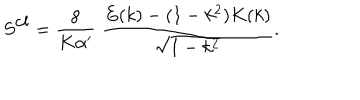
LaTeX: S ^ { \mathrm { c l } } = \frac { 8 } { K \alpha ^ { \prime } } \; \frac { E ( k ) - ( 1 - k ^ { 2 } ) K ( k ) } { \sqrt { 1 - k ^ { 2 } } } .